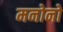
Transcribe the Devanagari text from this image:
मनोनो